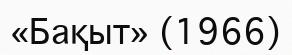
«Бақыт» (1966)